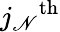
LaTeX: {j_{\mathscr{N}}}^{\textrm{{th}}}